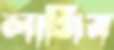
লাগিব